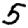
Digit: 5